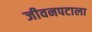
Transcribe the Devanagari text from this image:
जीवनपटाला